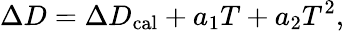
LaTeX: \Delta D=\Delta D_{\mathrm{cal}}+a_{1}T+a_{2}T^{2},